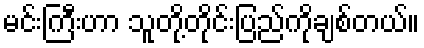
မင်းကြီးဟာ သူတို့တိုင်းပြည်ကိုချစ်တယ်။